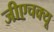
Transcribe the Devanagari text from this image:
जीएचक्यू